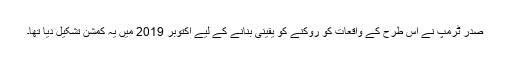
صدر ٹرمپ نے اس طرح کے واقعات کو روکنے کو یقینی بنانے کے لیے اکتوبر 2019 میں یہ کمشن تشکیل دیا تھا۔